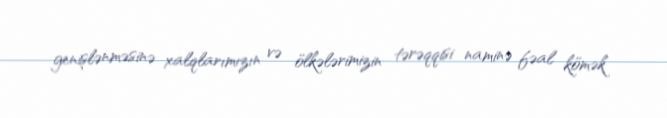
genişlənməsinə xalqlarımızın və ölkələrimizin tərəqqisi naminə fəal kömək